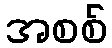
အစစ်